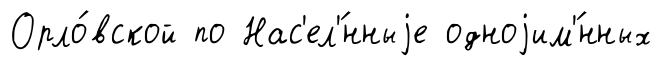
Орло́вской по Нас'ел'́нныjе одноjим'́нных